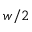
w / 2